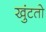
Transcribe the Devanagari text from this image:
खुंटतो